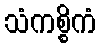
သံကစ္စိကံ